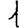
Digit: 1